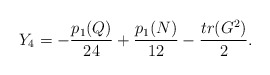
\begin{align*}Y_4=-{{p_1(Q)}\over{24}}+{{p_1(N)}\over{12}}-{{tr(G^2)}\over{2}}.\end{align*}